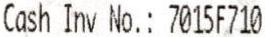
CASH INV NO.: 7015F710